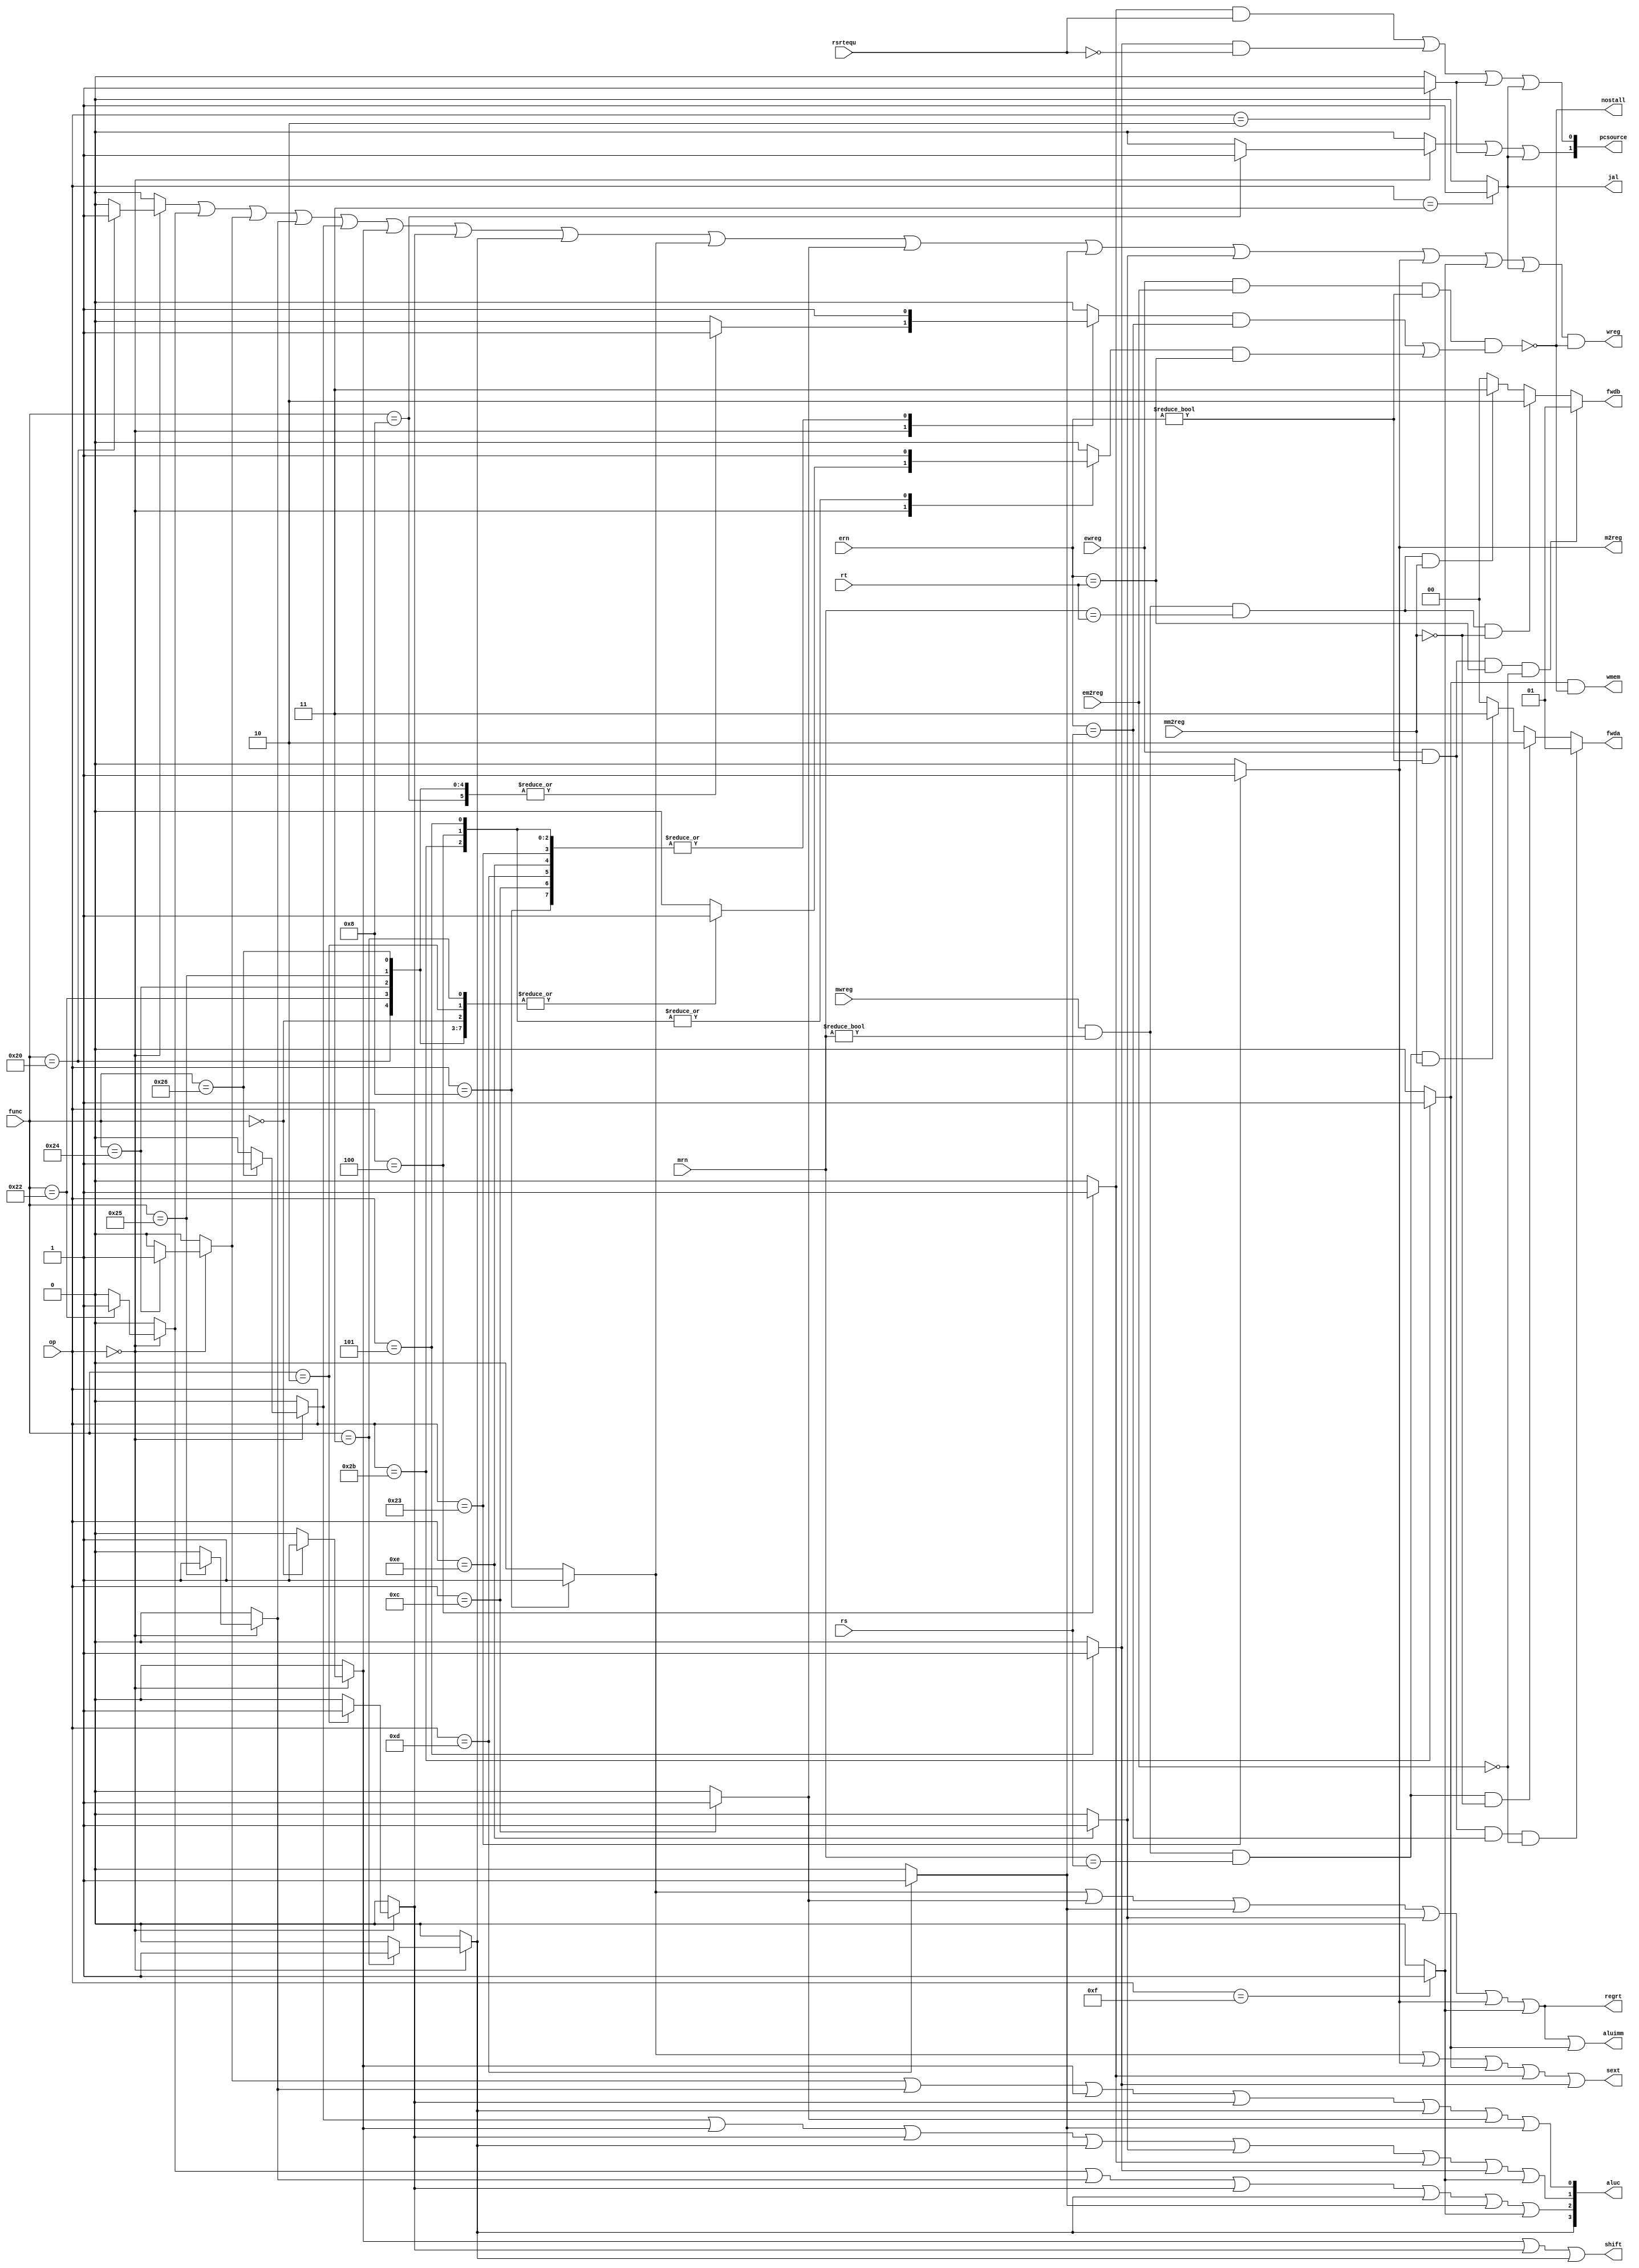
module ldw_CU(mwreg, mrn, ern, ewreg, em2reg, mm2reg,
					rsrtequ, func, op, rs, rt, wreg, m2reg,
					wmem, aluc, regrt, aluimm, fwda, fwdb, 
					nostall, sext, pcsource, shift, jal);
	input mwreg, ewreg, em2reg, mm2reg, rsrtequ;
	input [4:0] mrn, ern, rs, rt;
	input [5:0] func, op;
	output wreg, m2reg, wmem, regrt, aluimm, sext, shift, jal;
	output [3:0] aluc;
	output [1:0] pcsource;
	output [1:0] fwda, fwdb;
	output nostall;// lw
	reg [1:0] fwda, fwdb;
	//reg r_type;
	reg i_add, i_sub, i_and, i_or, i_xor, i_sll, i_srl, i_sra, i_jr;
	reg i_addi, i_andi, i_ori, i_xori, i_lw, i_sw, i_beq, i_bne, i_lui, i_j, i_jal;
	reg i_rs, i_rt;
	
	initial
	begin
		//r_type = 0;
		fwda = 0; fwdb = 0;
		i_add = 0; i_sub = 0; i_and = 0; i_or = 0; i_xor = 0; i_sll = 0; i_srl = 0; i_sra = 0; i_jr = 0;
		i_addi = 0; i_andi = 0; i_ori = 0; i_xori = 0; i_lw = 0; i_sw = 0; i_beq = 0; i_bne = 0; i_lui = 0; i_j = 0; i_jal = 0;
		i_rs = 0; i_rt = 0;
	end
	
	//121
	always@(op or func)
	begin
		i_add = 0; i_sub = 0; i_and = 0; i_or = 0; i_xor = 0; i_sll = 0; i_srl = 0; i_sra = 0; i_jr = 0;
		i_addi = 0; i_andi = 0; i_ori = 0; i_xori = 0; i_lw = 0; i_sw = 0; i_beq= 0; i_bne = 0; i_lui = 0; i_j = 0; i_jal = 0;
		i_rs = 0; i_rt = 0;
		case(op)
			//R
			6'b000000:
				case(func)
					6'b100000:	begin i_add		= 1'b1;	i_rs = 1'b1;	i_rt = 1'b1;	end
					6'b100010:	begin i_sub		= 1'b1;	i_rs = 1'b1;	i_rt = 1'b1;	end
					6'b100100:	begin i_and		= 1'b1;	i_rs = 1'b1;	i_rt = 1'b1;	end
					6'b100101:	begin i_or		= 1'b1;	i_rs = 1'b1;	i_rt = 1'b1;	end
					6'b100110:	begin i_xor		= 1'b1;	i_rs = 1'b1;	i_rt = 1'b1;	end
					6'b000000:	begin i_sll		= 1'b1;						i_rt = 1'b1;	end
					6'b000010:	begin i_srl		= 1'b1;						i_rt = 1'b1;	end
					6'b000011:	begin i_sra		= 1'b1;						i_rt = 1'b1;	end
					6'b001000:	begin i_jr		= 1'b1;	i_rs = 1'b1;						end
					default: ;
				endcase
			//I
			6'b001000:			begin i_addi	= 1'b1;	i_rs = 1'b1;						end
			6'b001100:			begin i_andi	= 1'b1;	i_rs = 1'b1;						end
			6'b001101:			begin i_ori		= 1'b1;	i_rs = 1'b1;						end
			6'b001110:			begin i_xori	= 1'b1;	i_rs = 1'b1;						end
			6'b100011:			begin i_lw		= 1'b1;	i_rs = 1'b1;						end
			6'b101011:			begin i_sw 		= 1'b1;	i_rs = 1'b1;	i_rt = 1'b1;	end
			6'b000100:			begin i_beq		= 1'b1;	i_rs = 1'b1;	i_rt = 1'b1;	end
			6'b000101:			begin i_bne		= 1'b1;	i_rs = 1'b1;	i_rt = 1'b1;	end
			6'b001111:			begin i_lui		= 1'b1;											end
			//J
			6'b000010:			begin	i_j		= 1'b1;											end
			6'b000011:			begin	i_jal		= 1'b1;											end
			
			default ;
		endcase
	end
	
	// lw
	assign nostall = ~(ewreg & em2reg & (ern != 0) & (i_rs & (ern == rs) |
																	  i_rt & (ern == rt )));
	
	always@(ewreg or mwreg or ern or mrn or em2reg or mm2reg or rs or rt)
	begin
		//rs
		fwda = 2'b00;
		if(ewreg & (ern != 0) & (ern == rs) & ~em2reg)
			fwda = 2'b01;//rsEXEALU
		else if(mwreg & (mrn != 0) & (mrn == rs) & ~mm2reg)
			fwda = 2'b10;//lwMEMALU
		else if(mwreg & (mrn != 0) & (mrn == rs) & mm2reg)
			fwda = 2'b11;//lw
			
		//rt
		fwdb = 2'b00;
		if(ewreg & (ern != 0) & (ern == rt) & ~em2reg)
			fwdb = 2'b01;
		else if(mwreg & (mrn != 0) & (mrn == rt) & ~mm2reg)
			fwdb = 2'b10;
		else if(mwreg & (mrn != 0) & (mrn == rt) & mm2reg)
			fwdb = 2'b11;
	end
	
	//
	assign wreg		=(i_add	|	i_sub	|	i_and	|	i_or	|	i_xor	|	i_sll	|	i_srl |	i_sra	|
						  i_addi	|	i_andi|	i_ori	|	i_xori|	i_lw	|	i_lui	|	i_jal) & nostall;
	assign regrt	= i_addi	|	i_andi|	i_ori	|	i_xori|	i_lw	|	i_lui;
	assign jal 		= i_jal;
	assign m2reg 	= i_lw;
	assign shift	= i_sll	|	i_srl	|	i_sra;
	assign aluimm	= i_addi	|	i_andi|	i_ori	|	i_xori|	i_lw	|	i_lui	|	i_sw;
	assign sext		= i_addi	|	i_lw	|	i_sw	|	i_beq	|	i_bne;
	assign aluc[3]	= i_sra;
	assign aluc[2] = i_sub	|	i_or	|	i_srl	|	i_sra	|	i_ori	|	i_lui;
	assign aluc[1] = i_xor	|	i_sll	|	i_srl	|	i_sra	|	i_xori|	i_beq	|	i_bne	|	i_lui;
	assign aluc[0] = i_and	|	i_or	|	i_sll	|	i_srl	|	i_sra	|	i_andi|	i_ori;
	assign wmem		= i_sw & nostall;
	assign pcsource[1] = i_jr | i_j | i_jal;
	assign pcsource[0] = i_beq & rsrtequ | i_bne & ~rsrtequ | i_j | i_jal; 
	
endmodule